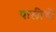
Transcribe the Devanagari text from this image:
पालीची